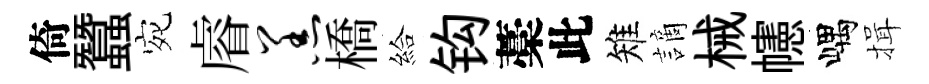
倚蠶宛𥈠羔橋給钩藁此雉謫械幰嵎揖